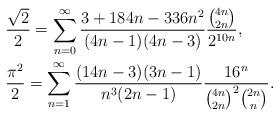
LaTeX: \begin{align*}& \frac{\sqrt{2}}{2} = \sum_{n=0}^\infty \frac{3 + 184n -336n^2}{(4n-1)(4n-3)}\frac{\binom{4n}{2n}}{2^{10n}}, \\ & \frac{\pi^2}{2} = \sum_{n=1}^\infty \frac{(14n-3)(3n-1)}{n^3(2n-1)}\frac{16^n}{\binom{4n}{2n}^2\binom{2n}{n}}. \end{align*}